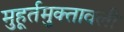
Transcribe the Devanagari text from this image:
मुहूर्तमुक्तावली